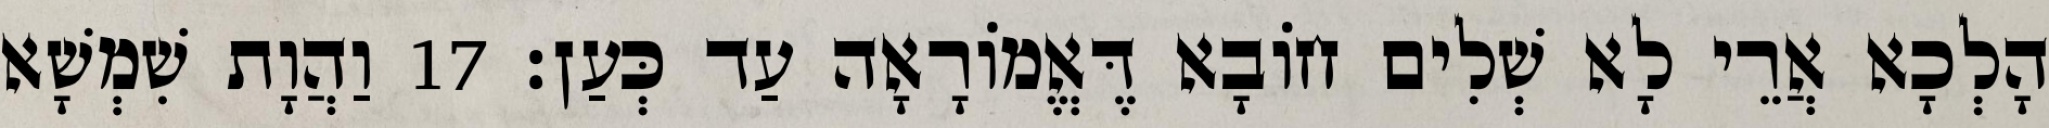
הָלְכָא אֲרֵי לָא שְׁלִים חוֹבָא דֶּאֱמוֹרָאָה עַד כְּעַן׃ 17 וַהֲוָת שִׁמְשָׁא